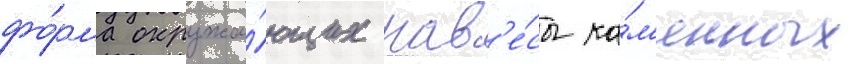
фо́рма окружа́ющих нав'е́сы ка́м'енных